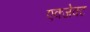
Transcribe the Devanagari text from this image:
एक्जेक्ट